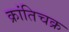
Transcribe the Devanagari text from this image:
क्रांतिचक्र